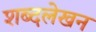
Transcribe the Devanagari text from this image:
शब्दलेखन